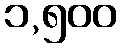
၁,၅၀၀